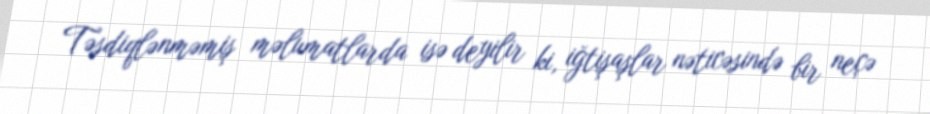
Təsdiqlənməmiş məlumatlarda isə deyilir ki, iğtişaşlar nəticəsində bir neçə